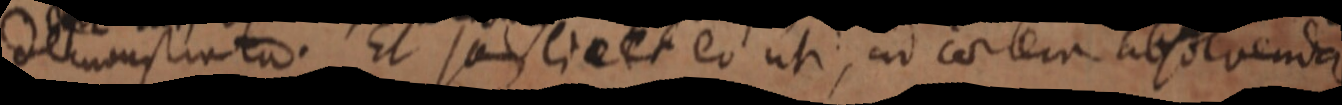
demonstrata. Et jam lie et eo uti, ad cortem absolvenda